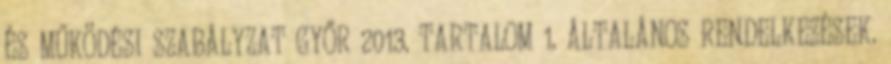
ÉS MŰKÖDÉSI SZABÁLYZAT GYŐR 2013. TARTALOM 1. ÁLTALÁNOS RENDELKEZÉSEK.